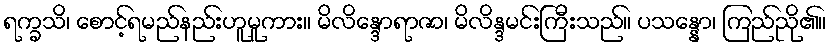
ရက္ခသိ၊ စောင့်ရမည်နည်းဟူမူကား။ မိလိန္ဒောရာဇာ၊ မိလိန္ဒမင်းကြီးသည်။ ပသန္နော၊ ကြည်ညို၏။